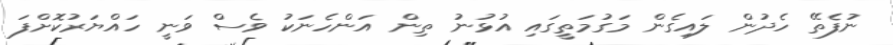
ނުފެތޭ ހެދުން ލައިގެން މަގުމަތީގައި އުޅުނު ތިން އަންހެނަކު ވެސް ވަނީ ހައްޔަރުކޮށްފަ